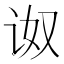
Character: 𰵠